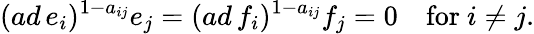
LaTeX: (ad\, e_{i})^{1-a_{ij}}e_{j}=(ad\, f_{i})^{1-a_{ij}}f_{j}=0\quad\mathrm{for~}i\neq j.